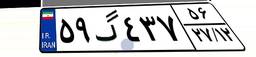
۵۹گ۴۳۷۵۶